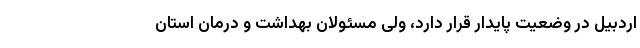
اردبیل در وضعیت پایدار قرار دارد، ولی مسئولان بهداشت و درمان استان